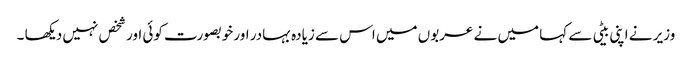
وزیر نے اپنی بیٹی سے کہا میں نے عربوں میں اس سے زیادہ بہادر اور خوبصورت کوئی اور شخص نہیں دیکھا ۔